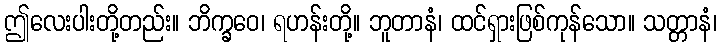
ဤလေးပါးတို့တည်း။ ဘိက္ခဝေ၊ ရဟန်းတို့။ ဘူတာနံ၊ ထင်ရှားဖြစ်ကုန်သော။ သတ္တာနံ၊